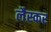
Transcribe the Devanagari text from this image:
लैस्कर